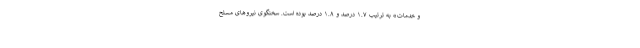
و خدمات» به ترتیب ١.٧ درصد و ١.٨ درصد بوده است. سخنگوی نیروهای مسلح